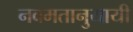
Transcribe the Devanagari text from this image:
नवमतानुयायी